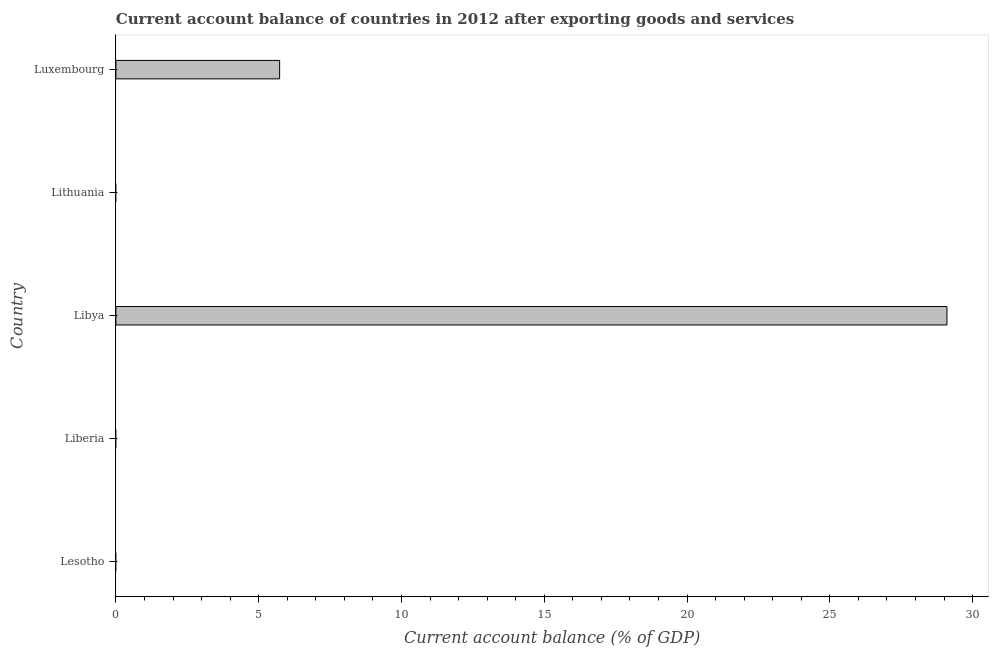
| Country | Current account balance |
 | --- | --- |
 | Lesotho | -12.8 |
 | Liberia | -27.7 |
 | Libya | 29.1 |
 | Lithuania | -1.2 |
 | Luxembourg | 5.73 |